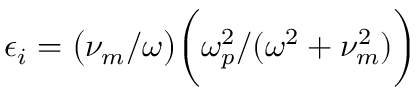
\epsilon _ { i } = \big ( \nu _ { m } / \omega \big ) \bigg ( \omega _ { p } ^ { 2 } / ( \omega ^ { 2 } + \nu _ { m } ^ { 2 } ) \bigg )